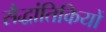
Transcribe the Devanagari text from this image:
सैद्धांतिकियों